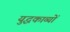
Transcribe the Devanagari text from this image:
युद्धकाव्यों